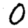
Digit: 0